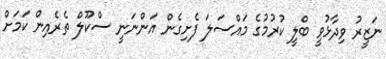
ނަޒީރު ވިދާޅުވީ ބްލީ ކުރުމުގެ މައްސަލަ ފެށިގެން އަންނަނީ ސްކޫލް ތެރެއިން ކަމަށް